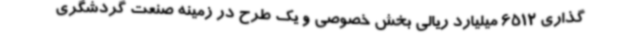
گذاری 6512 میلیارد ریالی بخش خصوصی و یک طرح در زمینه صنعت گردشگری